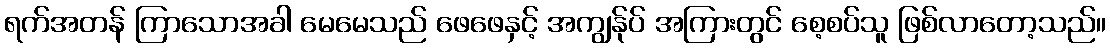
ရက်အတန် ကြာသောအခါ မေမေသည် ဖေဖေနှင့် အကျွန်ုပ် အကြားတွင် စေ့စပ်သူ ဖြစ်လာတော့သည်။